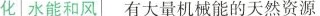
化水能和风有大量机械能的天然资源